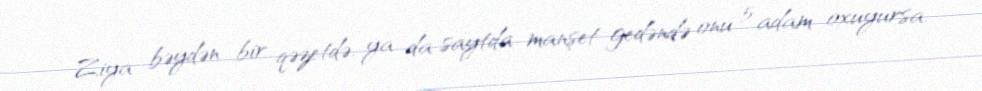
Ziya bəydən bir qəzetdə, ya da saytda manşet gedəndə onu 5 adam oxuyursa,